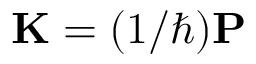
\mathbf { K } = ( 1 / \hbar ) \mathbf { P }